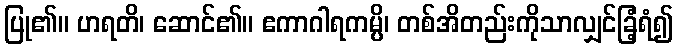
ပြု၏။ ဟရတိ၊ ဆောင်၏။ ဧကာဂါရကမ္ပိ၊ တစ်အိတည်းကိုသာလျှင်ခြံ့ရံ၍